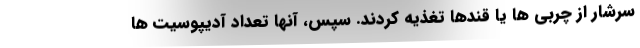
سرشار از چربی ها یا قندها تغذیه کردند. سپس، آنها تعداد آدیپوسیت ها